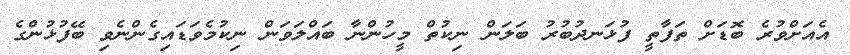
އެއަށްވުރެ ބޮޑަށް ތަފާތީ ފުޅަނދުބުރު ބަލަން ނިކުތް މީހުންނާ ބައްލަވަން ނިކުމެވަޑައިގެންނެވި ބޭފުޅުންގެ